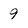
Character: 9